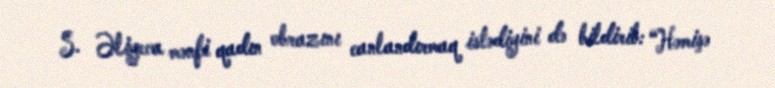
S. Əliyeva mənfi qadın obrazını canlandırmaq istədiyini də bildirib: “Həmişə